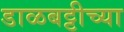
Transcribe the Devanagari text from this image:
डाळबट्टीच्या